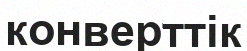
конверттік